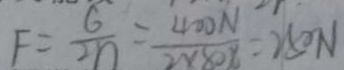
F = \frac { G } { 2 n } = \frac { 4 0 0 N } { 2 \times 8 0 \% } = 2 5 0 N